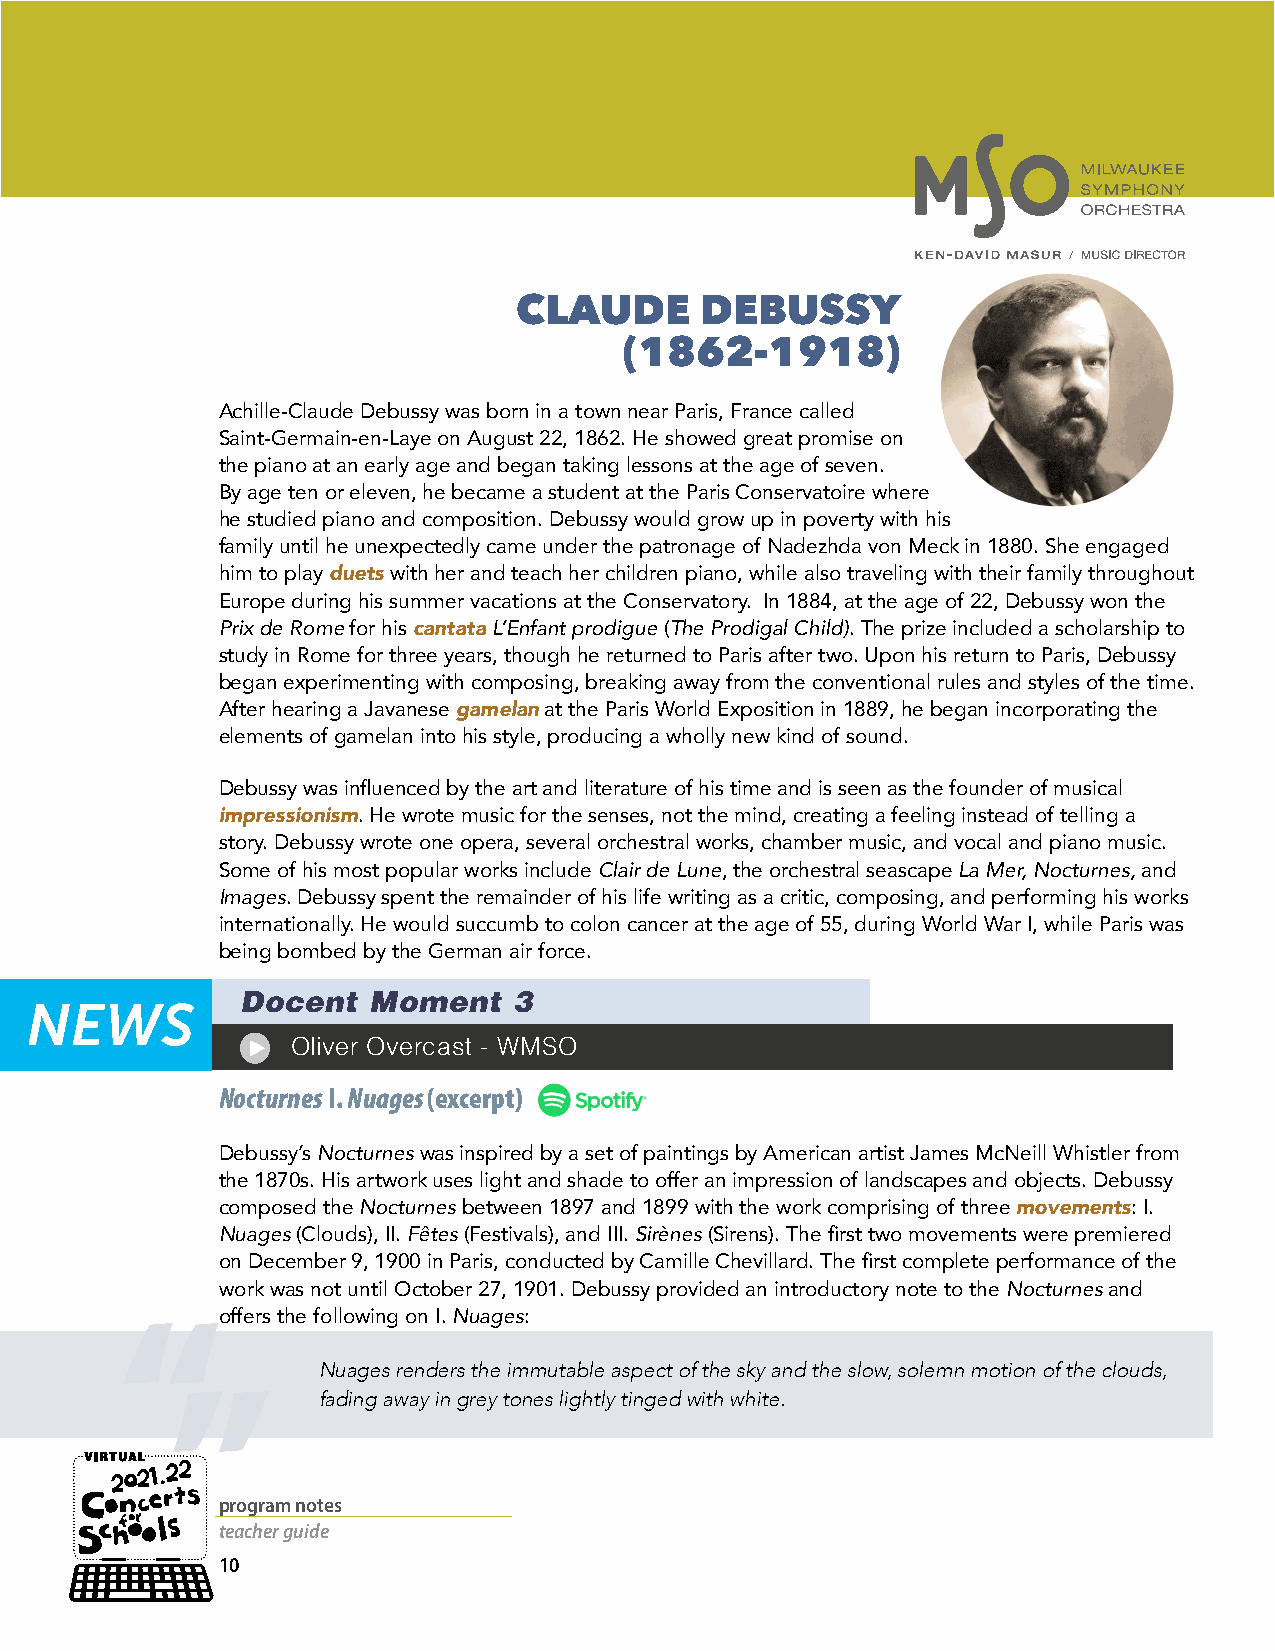
CLAUDE      DEBUSSY
 (1862-1918)
 Achille-Claude Debussy was born in a town near Paris, France called
 Saint-Germain-en-Laye on August 22, 1862. He showed great promise on
 the piano at an early age and began taking lessons at the age of seven.
 By age ten or eleven, he became a student at the Paris Conservatoire where
 he studied piano and composition. Debussy would grow up in poverty with his
 family until he unexpectedly came under the patronage of Nadezhda von Meck in 1880. She engaged
 him to play duets with her and teach her children piano, while also traveling with their family throughout
 Europe during his summer vacations at the Conservatory. In 1884, at the age of 22, Debussy won the
 Prix de Rome for his cantata L’Enfant prodigue (The Prodigal Child). The prize included a scholarship to
 study in Rome for three years, though he returned to Paris after two. Upon his return to Paris, Debussy
 began experimenting with composing, breaking away from the conventional rules and styles of the time.
 After hearing a Javanese gamelan at the Paris World Exposition in 1889, he began incorporating the
 elements of gamelan into his style, producing a wholly new kind of sound.
 Debussy was influenced by the art and literature of his time and is seen as the founder of musical
 impressionism. He wrote music for the senses, not the mind, creating a feeling instead of telling a
 story. Debussy wrote one opera, several orchestral works, chamber music, and vocal and piano music.
 Some of his most popular works include Clair de Lune, the orchestral seascape La Mer, Nocturnes, and
 Images. Debussy spent the remainder of his life writing as a critic, composing, and performing his works
 internationally. He would succumb to colon cancer at the age of 55, during World War I, while Paris was
 being bombed by the German air force.
 Docent  Moment    3
 Oliver Overcast - WMSO
 Nocturnes I. Nuages (excerpt)
 Debussy’s Nocturnes was inspired by a set of paintings by American artist James McNeill Whistler from
 the 1870s. His artwork uses light and shade to offer an impression of landscapes and objects. Debussy
 composed the Nocturnes between 1897 and 1899 with the work comprising of three movements: I.
 Nuages (Clouds), II. Fêtes (Festivals), and III. Sirènes (Sirens). The first two movements were premiered
 on December 9, 1900 in Paris, conducted by Camille Chevillard. The first complete performance of the
 work was not until October 27, 1901. Debussy provided an introductory note to the Nocturnes and
 offers the following on I. Nuages:
 Nuages renders the immutable aspect of the sky and the slow, solemn motion of the clouds,
 fading away in grey tones lightly tinged with white.
 program notes
 teacher guide
 10